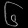
Digit: ၆